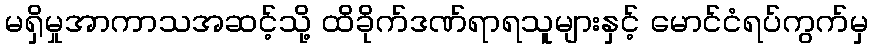
မရှိမှုအာကာသအဆင့်သို့ ထိခိုက်ဒဏ်ရာရသူများနှင့် မောင်ငံရပ်ကွက်မှ